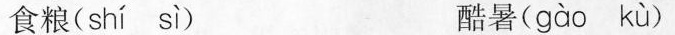
食粮( shí sì ) 酷暑( gào kù）